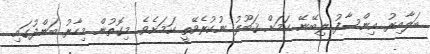
ބަލާއިރު އިންސާފު ލިބޭނޭ ކަމަށް ޤަބޫލު ނުކުރެވޭތީ ކަމަށެވެ. މިގޮތުން މިހާރު ބަންދުގައި